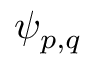
\psi _ { p , q }